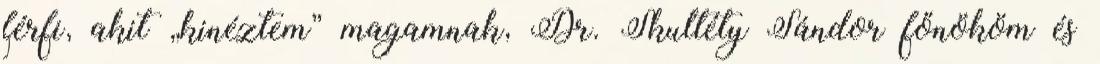
férfi, akit „kinéztem” magamnak, Dr. Skultéty Sándor főnököm és